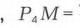
, \(P_{4}M =\)